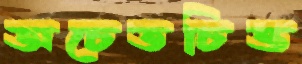
অচেতচিত্ত